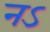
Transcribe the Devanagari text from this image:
नऽ